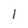
Character: 1